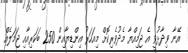
އޭނާ ވިދާޅުވީ އެ ޖަމިއްޔާ މެދުވެރިކޮށް މިއަހަރު އިންޑިޔާއިން 250 ބަކަރިއާއި ޖަމަލެއް